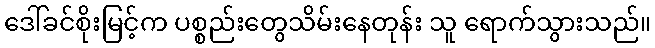
ဒေါ်ခင်စိုးမြင့်က ပစ္စည်းတွေသိမ်းနေတုန်း သူ ရောက်သွားသည်။